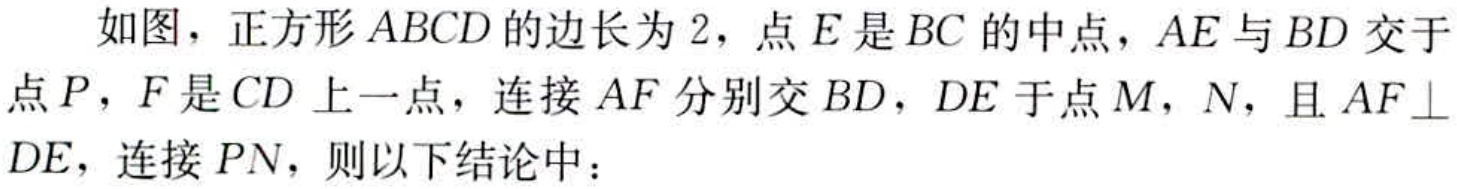
如图，正方形\(ABCD\)的边长为\(2\)，点\(E\)是\(BC\)的中点，\(AE\)与\(BD\)交于点\(P\)，\(F\)是\(CD\)上一点，连接\(AF\)分别交\(BD\)，\(DE\)于点\(M\)，\(N\)，且\(AF\perp DE\)，连接\(PN\)，则以下结论中：